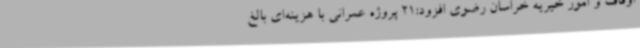
اوقاف و امور خیریه خراسان رضوی افزود:21 پروژه عمرانی با هزینه‌ای بالغ